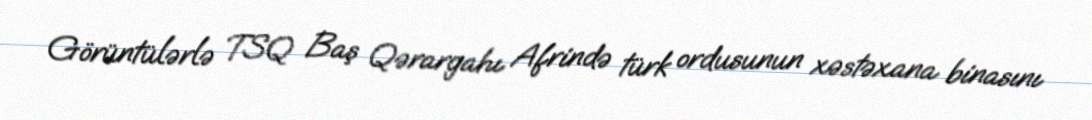
Görüntülərlə TSQ Baş Qərargahı Afrində türk ordusunun xəstəxana binasını